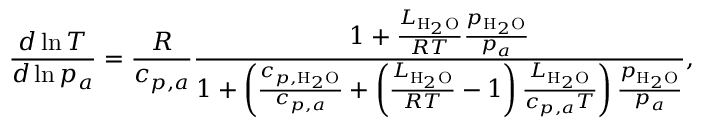
\frac { d \ln { T } } { d \ln { p _ { a } } } = \frac { R } { c _ { p , a } } \frac { 1 + \frac { L _ { \mathrm { H } _ { 2 } \mathrm { O } } } { R T } \frac { p _ { \mathrm { H } _ { 2 } \mathrm { O } } } { p _ { a } } } { 1 + \left( \frac { c _ { p , \mathrm { H } _ { 2 } \mathrm { O } } } { c _ { p , a } } + \left( \frac { L _ { \mathrm { H } _ { 2 } \mathrm { O } } } { R T } - 1 \right) \frac { L _ { \mathrm { H } _ { 2 } \mathrm { O } } } { c _ { p , a } T } \right) \frac { p _ { \mathrm { H } _ { 2 } \mathrm { O } } } { p _ { a } } } ,